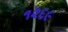
૧૨૬૯